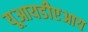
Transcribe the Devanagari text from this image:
यूआयडीएआय